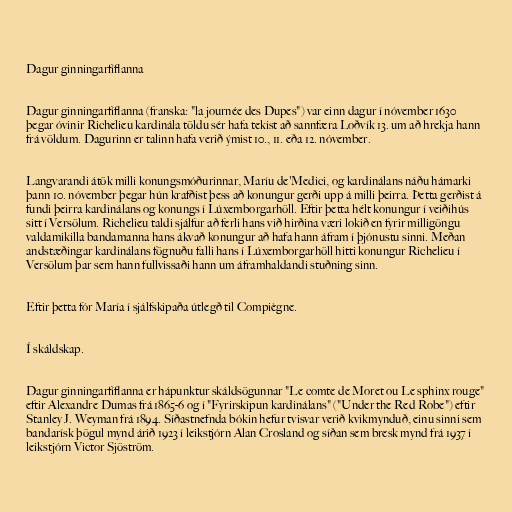
Dagur ginningarfíflanna

Dagur ginningarfíflanna (franska: "la journée des Dupes") var einn dagur í nóvember 1630
þegar óvinir Richelieu kardinála töldu sér hafa tekist að sannfæra Loðvík 13. um að hrekja hann
frá völdum. Dagurinn er talinn hafa verið ýmist 10., 11. eða 12. nóvember.

Langvarandi átök milli konungsmóðurinnar, Maríu de'Medici, og kardinálans náðu hámarki
þann 10. nóvember þegar hún krafðist þess að konungur gerði upp á milli þeirra. Þetta gerðist á
fundi þeirra kardinálans og konungs í Lúxemborgarhöll. Eftir þetta hélt konungur í veiðihús
sitt í Versölum. Richelieu taldi sjálfur að ferli hans við hirðina væri lokið en fyrir milligöngu
valdamikilla bandamanna hans ákvað konungur að hafa hann áfram í þjónustu sinni. Meðan
andstæðingar kardinálans fögnuðu falli hans í Lúxemborgarhöll hitti konungur Richelieu í
Versölum þar sem hann fullvissaði hann um áframhaldandi stuðning sinn.

Eftir þetta fór María í sjálfskipaða útlegð til Compiègne.

Í skáldskap.

Dagur ginningarfíflanna er hápunktur skáldsögunnar "Le comte de Moret ou Le sphinx rouge"
eftir Alexandre Dumas frá 1865-6 og í "Fyrirskipun kardinálans" ("Under the Red Robe") eftir
Stanley J. Weyman frá 1894. Síðastnefnda bókin hefur tvisvar verið kvikmynduð, einu sinni sem
bandarísk þögul mynd árið 1923 í leikstjórn Alan Crosland og síðan sem bresk mynd frá 1937 í
leikstjórn Victor Sjöström.